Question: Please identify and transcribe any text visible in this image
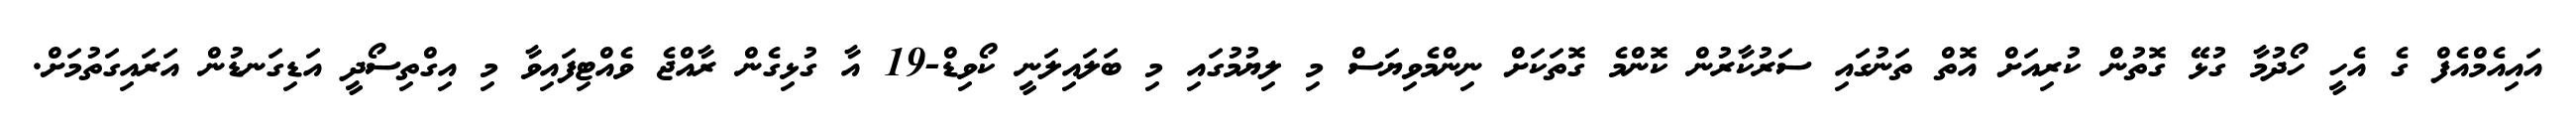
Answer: އައިއެމްއެފް ގެ އެހީ ހޯދުމާ ގުޅޭ ގޮތުން ކުރިއަށް އޮތް ތަނުގައި ސަރުކާރުން ކޮންމެ ގޮތަކަށް ނިންމެވިޔަސް މި ލިޔުމުގައި މި ބަލައިލަނީ ކޯވިޑް-19 އާ ގުޅިގެން ރާއްޖެ ވެއްޓިފައިވާ މި އިގްތިސޯދީ އަޑިގަނޑުން އަރައިގަތުމަށް.